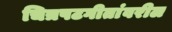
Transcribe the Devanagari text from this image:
चित्रपटगीतांवरील